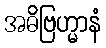
အဓိဗြဟ္မာနံ